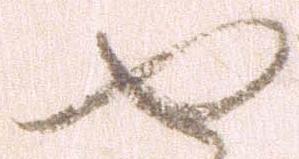
せ